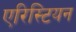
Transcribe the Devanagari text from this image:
एरिस्टियन